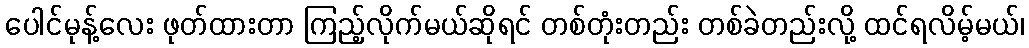
ပေါင်မုန့်လေး ဖုတ်ထားတာ ကြည့်လိုက်မယ်ဆိုရင် တစ်တုံးတည်း တစ်ခဲတည်းလို့ ထင်ရလိမ့်မယ်၊